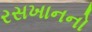
રસખાનનો